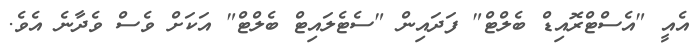
އެއީ "އެސްޓްރޮއިޑް ބެލްޓް" ފަދައިން "ސެޓެލައިޓް ބެލްޓް" އަކަށް ވެސް ވެދާނެ އެވެ.